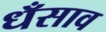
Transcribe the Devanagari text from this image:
धँसाव